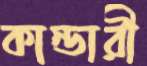
কান্ডারী